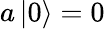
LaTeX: a\left|0\right\rangle=0